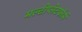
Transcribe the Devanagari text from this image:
मल्टीप्लेटफॉर्म